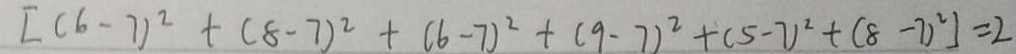
[ ( 6 - 7 ) ^ { 2 } + ( 8 - 7 ) ^ { 2 } + ( 6 - 7 ) ^ { 2 } + ( 9 - 7 ) ^ { 2 } + ( 5 - 7 ) ^ { 2 } + ( 8 - 7 ) ^ { 2 } ] = 2